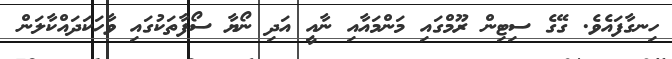
ހިނގާފައެވެ. ގޭގެ ސިޓިން ރޫމްގައި މަންމައާއި ނާއީ އަދި ނޯޔާ ސޯފާތަކުގައި ވާހަކަދައްކާލަން